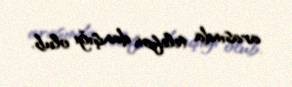
arasında telefon danışığı olub.